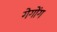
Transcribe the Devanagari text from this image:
गेगोंग